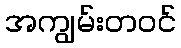
အကျွမ်းတဝင်